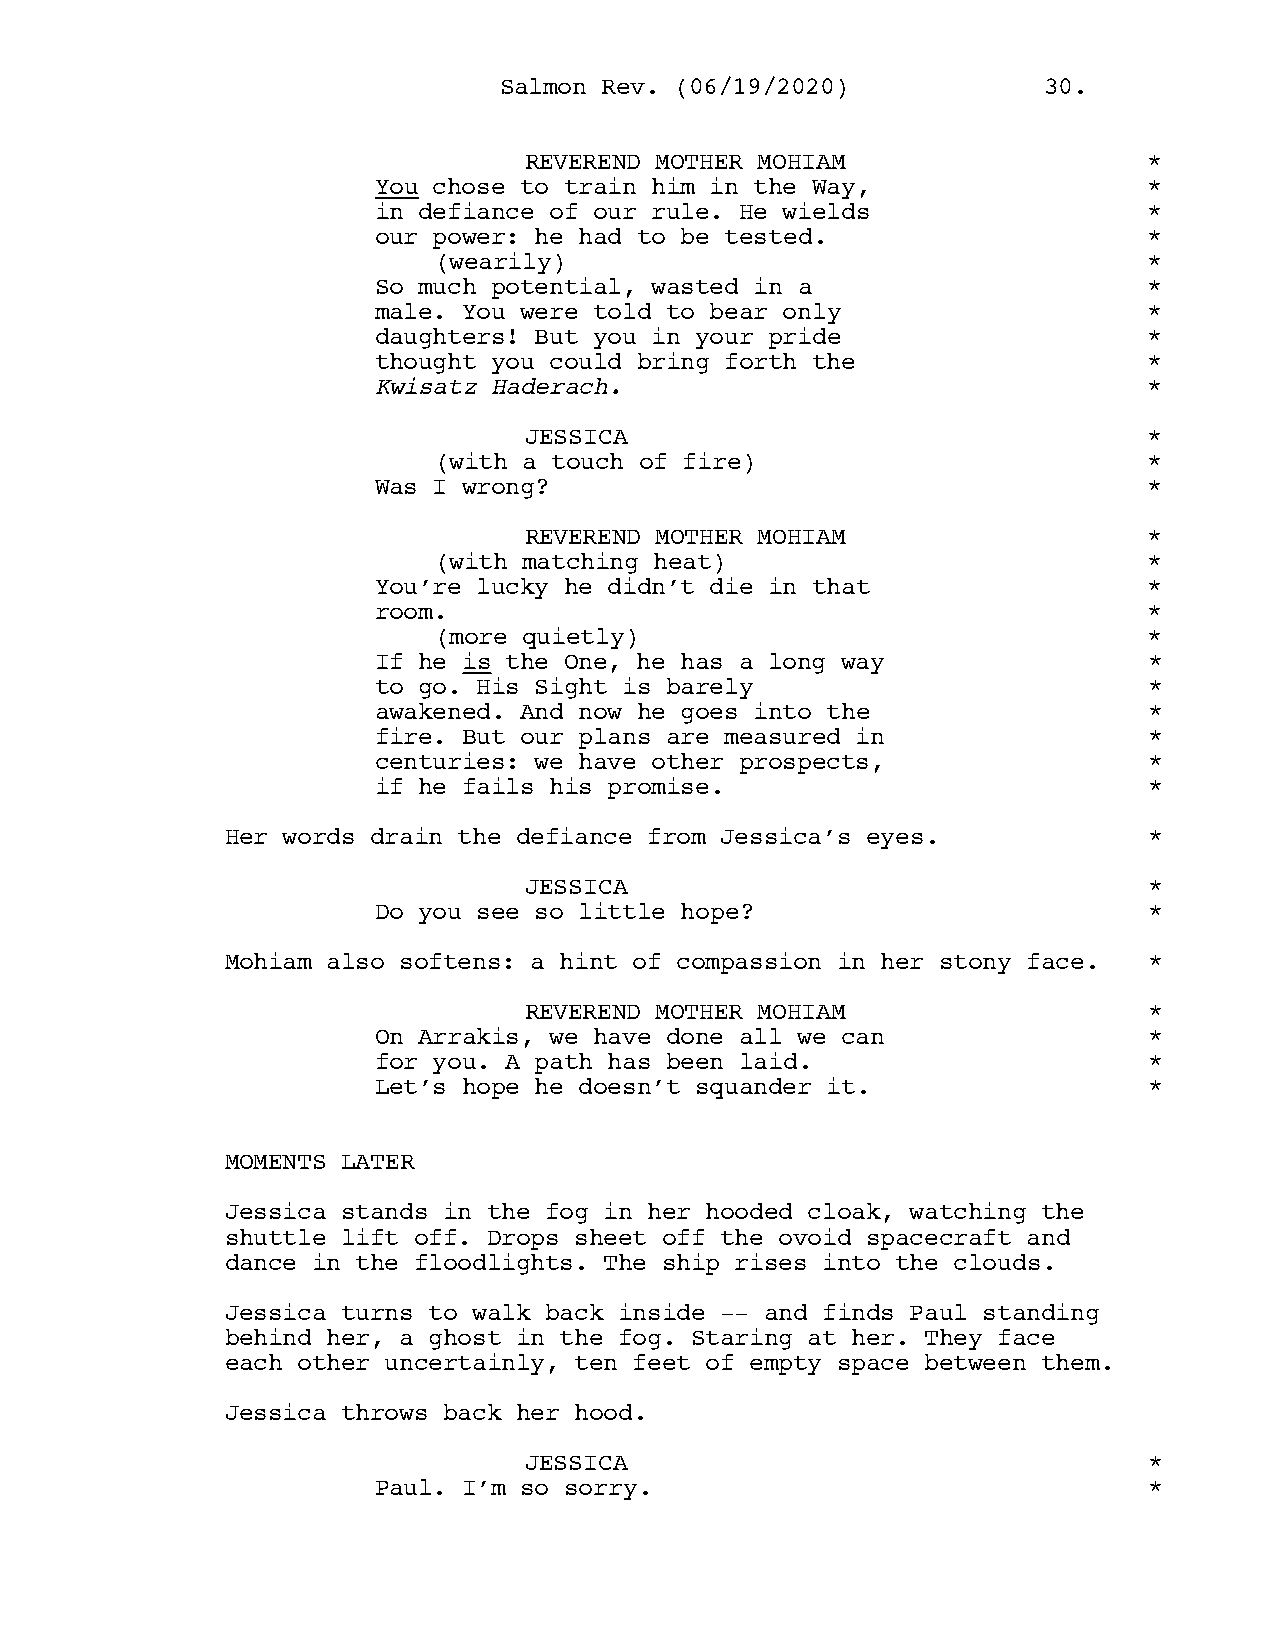
SSaallmmoonn RReevv.. ((0066//1199//22002200)) 3300..
 REVEREND MOTHER MOHIAM                   *
 You chose to train him in the Way,                 *
 in defiance of our rule. He wields                 *
 our power: he had to be tested.                    *
 (wearily)                                      *
 So much potential, wasted in a                     *
 male. You were told to bear only                   *
 daughters! But you in your pride                   *
 thought you could bring forth the                  *
 Kwisatz Haderach.                                  *
 JESSICA                                  *
 (with a touch of fire)                         *
 Was I wrong?                                       *
 REVEREND MOTHER MOHIAM                   *
 (with matching heat)                           *
 You’re lucky he didn’t die in that                 *
 room.                                              *
 (more quietly)                                 *
 If he is the One, he has a long way                *
 to go. His Sight is barely                         *
 awakened. And now he goes into the                 *
 fire. But our plans are measured in                *
 centuries: we have other prospects,                *
 if he fails his promise.                           *
 Her words drain the defiance from Jessica’s eyes.            *
 JESSICA                                  *
 Do you see so little hope?                         *
 Mohiam also softens: a hint of compassion in her stony face. *
 REVEREND MOTHER MOHIAM                   *
 On Arrakis, we have done all we can                *
 for you. A path has been laid.                     *
 Let’s hope he doesn’t squander it.                 *
 MOMENTS LATER
 Jessica stands in the fog in her hooded cloak, watching the
 shuttle lift off. Drops sheet off the ovoid spacecraft and
 dance in the floodlights. The ship rises into the clouds.
 Jessica turns to walk back inside -- and finds Paul standing
 behind her, a ghost in the fog. Staring at her. They face
 each other uncertainly, ten feet of empty space between them.
 Jessica throws back her hood.
 JESSICA                                  *
 Paul. I’m so sorry.                                *